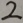
2